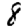
Digit: 8